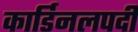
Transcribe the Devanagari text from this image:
कार्डिनलपदी